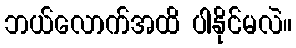
ဘယ်လောက်အထိ ပါနိုင်မလဲ။